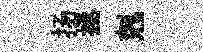
扬拯剋